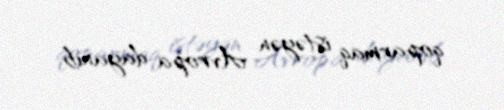
qoparmaq istəyən Avropa dayanıb.